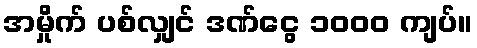
အမှိုက် ပစ်လျှင် ဒဏ်ငွေ ၁၀၀၀ ကျပ်။